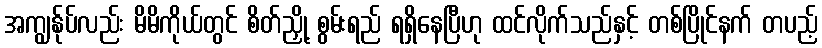
အကျွန်ုပ်လည်း မိမိကိုယ်တွင် စိတ်ညှို့ စွမ်းရည် ရရှိနေပြီဟု ထင်လိုက်သည်နှင့် တစ်ပြိုင်နက် တပည့်